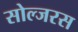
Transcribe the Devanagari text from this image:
सोल्जरस